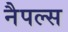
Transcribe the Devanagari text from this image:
नैपल्स